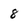
Character: 8